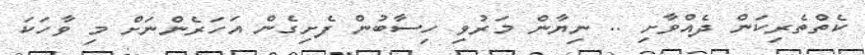
ކެތްތެރިކަން ދެއްވާށި .. ނިޔާން މަރުވި ހިސާބުން ފެށިގެން އަހަރެންނަށް މި ވާހަކަ